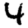
Digit: 4